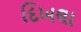
દિખલા